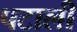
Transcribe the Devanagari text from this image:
पटाली